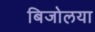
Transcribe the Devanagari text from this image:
बिजोलया